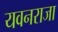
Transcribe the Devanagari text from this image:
यवनराजा